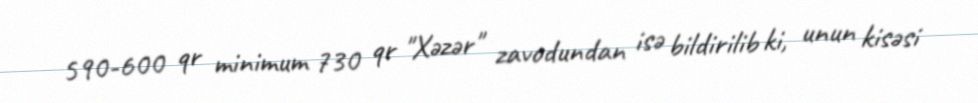
590-600 qr minimum 730 qr "Xəzər" zavodundan isə bildirilib ki, unun kisəsi